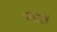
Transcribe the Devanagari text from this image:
पाडों